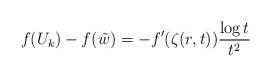
LaTeX: \begin{align*}f(U_{k})-f(\tilde w)=-f'(\zeta(r,t))\frac{\log t}{t^2}\end{align*}